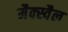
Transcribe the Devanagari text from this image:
मैक्स्वैल